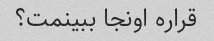
قراره اونجا ببینمت؟